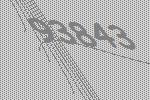
93843